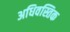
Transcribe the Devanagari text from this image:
अधिवस्तिक